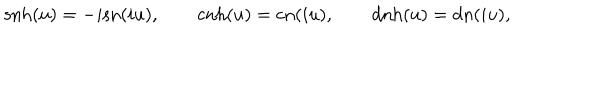
LaTeX: \mathrm { s n h } ( u ) = - i \mathrm { s n } ( i u ) , \qquad \mathrm { c n h } ( u ) = \mathrm { c n } ( i u ) , \qquad \mathrm { d n h } ( u ) = \mathrm { d n } ( i u ) ,